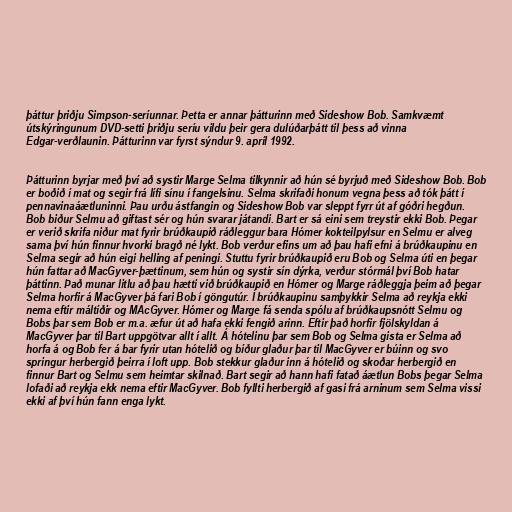
þáttur þriðju Simpson-seríunnar. Þetta er annar þátturinn með Sideshow Bob. Samkvæmt
útskýringunum DVD-setti þriðju seríu vildu þeir gera dulúðarþátt til þess að vinna
Edgar-verðlaunin. Þátturinn var fyrst sýndur 9. apríl 1992.

Þátturinn byrjar með því að systir Marge Selma tilkynnir að hún sé byrjuð með Sideshow Bob. Bob
er boðið í mat og segir frá lífi sínu í fangelsinu. Selma skrifaði honum vegna þess að tók þátt í
pennavinaáætluninni. Þau urðu ástfangin og Sideshow Bob var sleppt fyrr út af góðri hegðun.
Bob biður Selmu að giftast sér og hún svarar játandi. Bart er sá eini sem treystir ekki Bob. Þegar
er verið skrifa niður mat fyrir brúðkaupið ráðleggur bara Hómer kokteilpylsur en Selmu er alveg
sama því hún finnur hvorki bragð né lykt. Bob verður efins um að þau hafi efni á brúðkaupinu en
Selma segir að hún eigi helling af peningi. Stuttu fyrir brúðkaupið eru Bob og Selma úti en þegar
hún fattar að MacGyver-þættinum, sem hún og systir sín dýrka, verður stórmál því Bob hatar
þáttinn. Það munar litlu að þau hætti við brúðkaupið en Hómer og Marge ráðleggja þeim að þegar
Selma horfir á MacGyver þá fari Bob í göngutúr. Í brúðkaupinu samþykkir Selma að reykja ekki
nema eftir máltíðir og MAcGyver. Hómer og Marge fá senda spólu af brúðkaupsnótt Selmu og
Bobs þar sem Bob er m.a. æfur út að hafa ekki fengið arinn. Eftir það horfir fjölskyldan á
MacGyver þar til Bart uppgötvar allt í allt. Á hótelinu þar sem Bob og Selma gista er Selma að
horfa á og Bob fer á bar fyrir utan hótelið og bíður glaður þar til MacGyver er búinn og svo
springur herbergið þeirra í loft upp. Bob stekkur glaður inn á hótelið og skoðar herbergið en
finnur Bart og Selmu sem heimtar skilnað. Bart segir að hann hafi fatað áætlun Bobs þegar Selma
lofaði að reykja ekk nema eftir MacGyver. Bob fyllti herbergið af gasi frá arninum sem Selma vissi
ekki af því hún fann enga lykt.